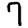
Digit: 7